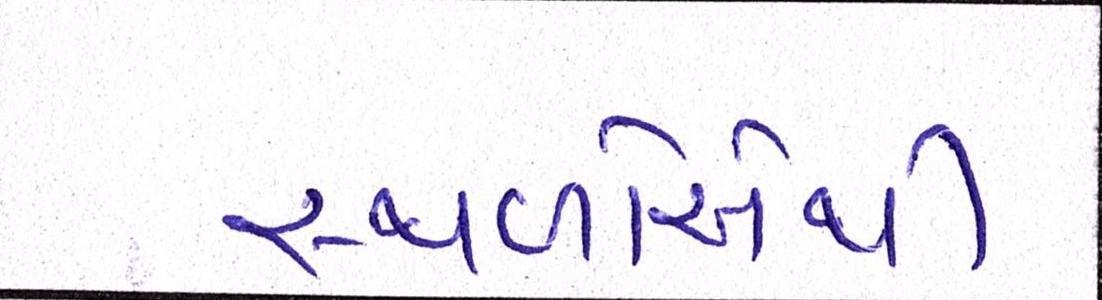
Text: સ્થળોએથી